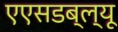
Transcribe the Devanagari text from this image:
एएसडब्ल्यू